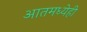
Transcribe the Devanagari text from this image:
आतमध्येही